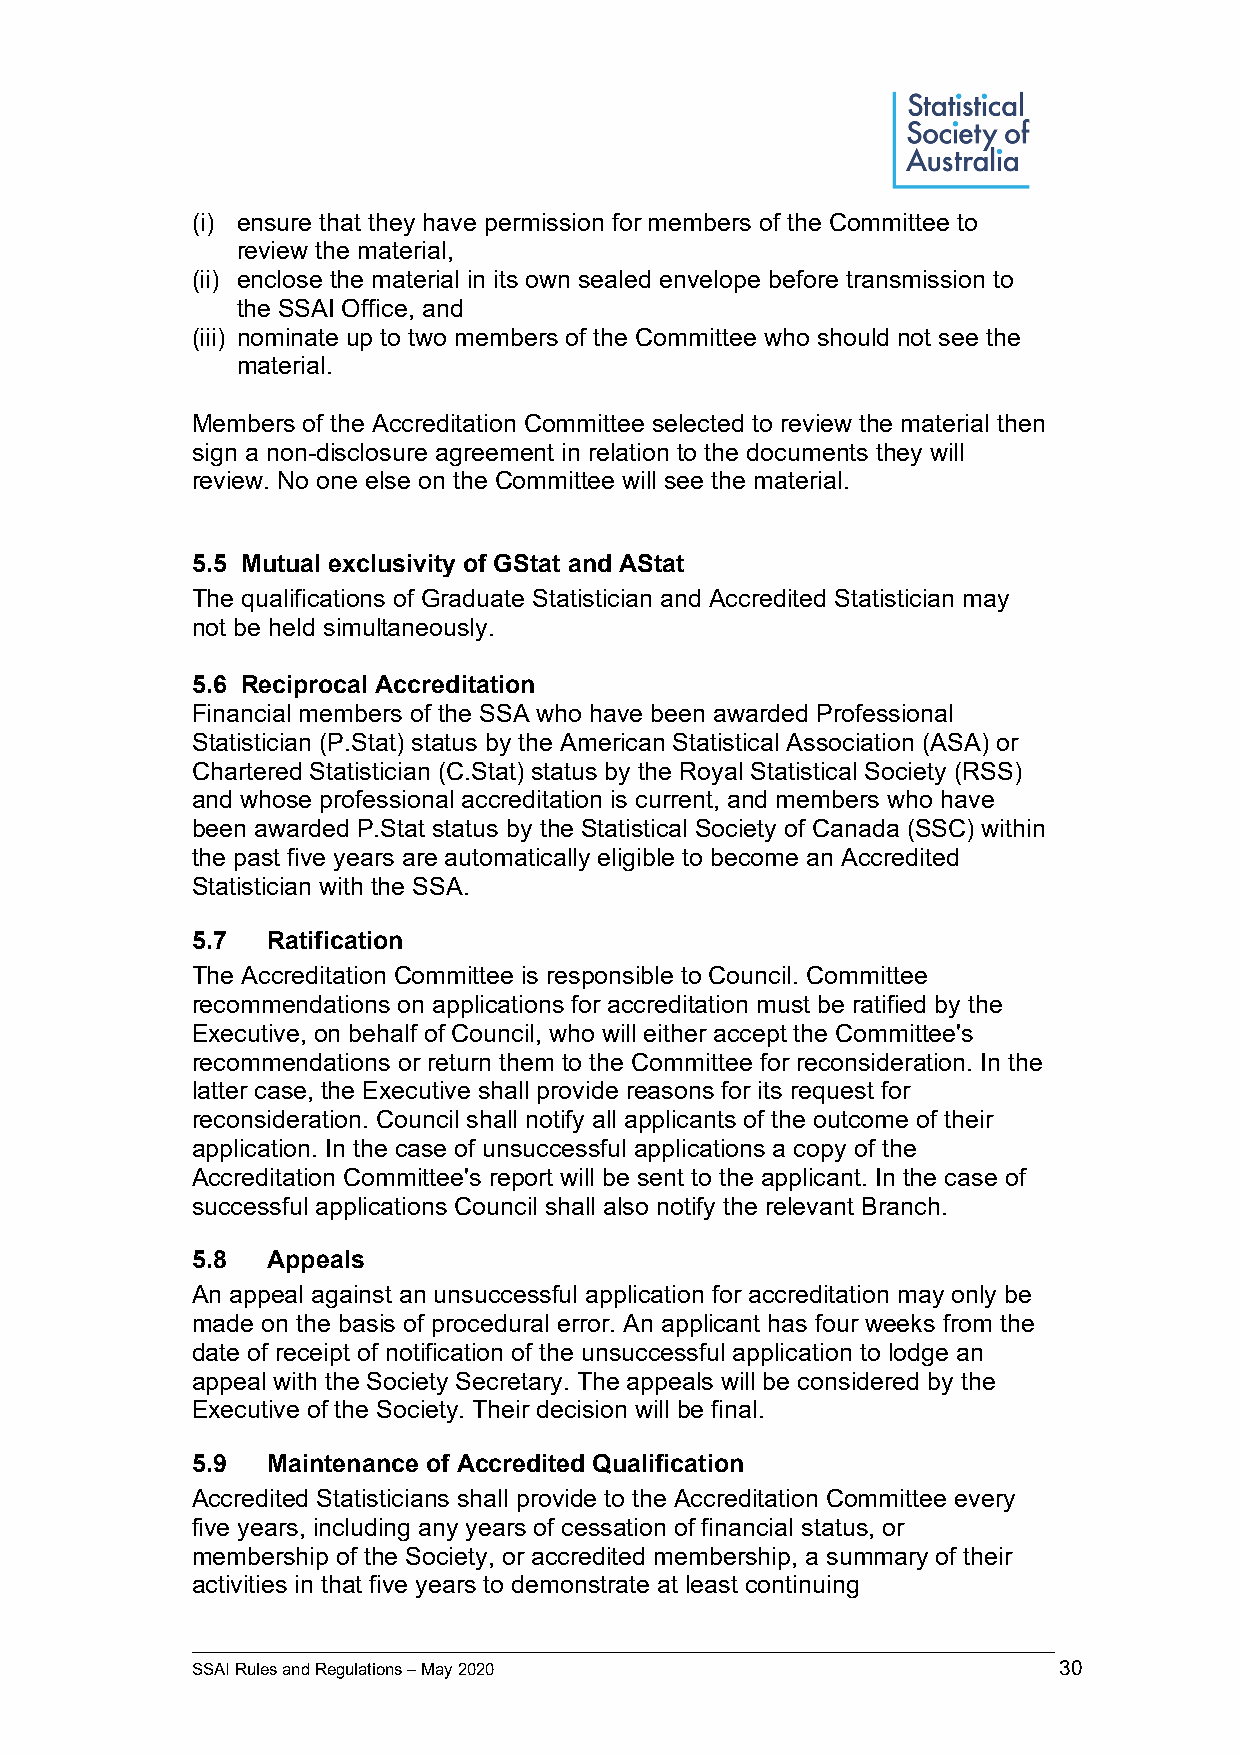
(i) ensure that they have permission for members of the Committee to
 review the material,
 (ii) enclose the material in its own sealed envelope before transmission to
 the SSAI Office, and
 (iii) nominate up to two members of the Committee who should not see the
 material.
 Members of the Accreditation Committee selected to review the material then
 sign a non-disclosure agreement in relation to the documents they will
 review. No one else on the Committee will see the material.
 5.5 Mutual exclusivity of GStat and AStat
 The qualifications of Graduate Statistician and Accredited Statistician may
 not be held simultaneously.
 5.6 Reciprocal Accreditation
 Financial members of the SSA who have been awarded Professional
 Statistician (P.Stat) status by the American Statistical Association (ASA) or
 Chartered Statistician (C.Stat) status by the Royal Statistical Society (RSS)
 and whose professional accreditation is current, and members who have
 been awarded P.Stat status by the Statistical Society of Canada (SSC) within
 the past five years are automatically eligible to become an Accredited
 Statistician with the SSA.
 5.7  Ratification
 The Accreditation Committee is responsible to Council. Committee
 recommendations on applications for accreditation must be ratified by the
 Executive, on behalf of Council, who will either accept the Committee's
 recommendations or return them to the Committee for reconsideration. In the
 latter case, the Executive shall provide reasons for its request for
 reconsideration. Council shall notify all applicants of the outcome of their
 application. In the case of unsuccessful applications a copy of the
 Accreditation Committee's report will be sent to the applicant. In the case of
 successful applications Council shall also notify the relevant Branch.
 5.8  Appeals
 An appeal against an unsuccessful application for accreditation may only be
 made on the basis of procedural error. An applicant has four weeks from the
 date of receipt of notification of the unsuccessful application to lodge an
 appeal with the Society Secretary. The appeals will be considered by the
 Executive of the Society. Their decision will be final.
 5.9  Maintenance of Accredited Qualification
 Accredited Statisticians shall provide to the Accreditation Committee every
 five years, including any years of cessation of financial status, or
 membership of the Society, or accredited membership, a summary of their
 activities in that five years to demonstrate at least continuing
 _____________________________________________________________________________________________
 SSAI Rules and Regulations – May 2020                    30